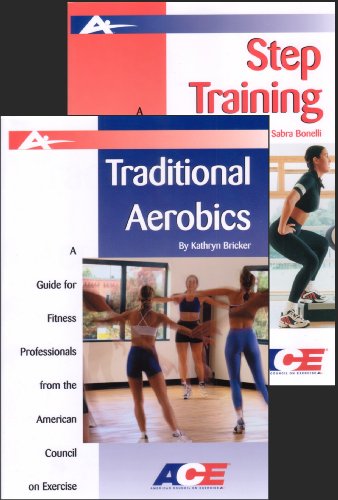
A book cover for Traditional Aerobics and Step Training; Kathryn Bricker; Health, Fitness & Dieting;